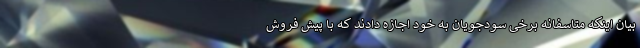
بیان اینکه متاسفانه برخی سودجویان به خود اجازه دادند که با پیش فروش